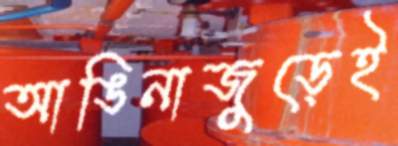
আঙিনাজুড়েই